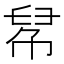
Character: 𢃵